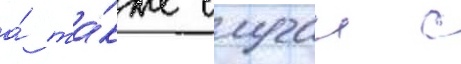
а́ та́кже случаи с